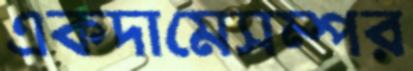
একদামেসম্পর